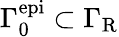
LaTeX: {\Gamma}_{0}^{\mathrm{epi}}\subset{\Gamma}_{\mathrm{R}}